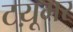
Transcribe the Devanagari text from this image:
टय़ूमर